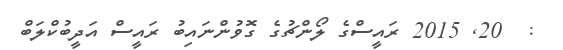
:  20